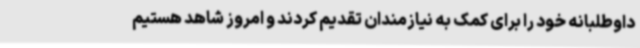
داوطلبانه خود را برای کمک به نیازمندان تقدیم کردند و امروز شاهد هستیم